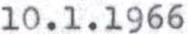
10.1.1966